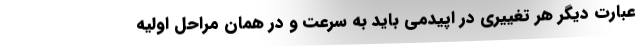
عبارت دیگر هر تغییری در اپیدمی باید به سرعت و در همان مراحل اولیه